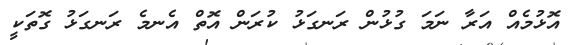
އޮޅުމެއް އަރާ ނަމަ ގުޅުން ރަނގަޅު ކުރަން އޮތް އެނމެ ރަނގަޅު ގޮތަކީ